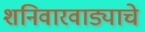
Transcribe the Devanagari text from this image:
शनिवारवाड्याचे